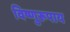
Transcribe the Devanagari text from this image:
विष्णुरूपाय